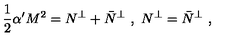
\frac { 1 } { 2 } \alpha ^ { \prime } M ^ { 2 } = N ^ { \perp } + \bar { N } ^ { \perp } \ , \ N ^ { \perp } = \bar { N } ^ { \perp } \ ,